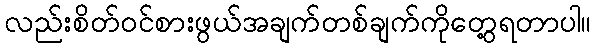
လည်းစိတ်ဝင်စားဖွယ်အချက်တစ်ချက်ကိုတွေ့ရတာပါ။